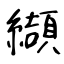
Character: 纈